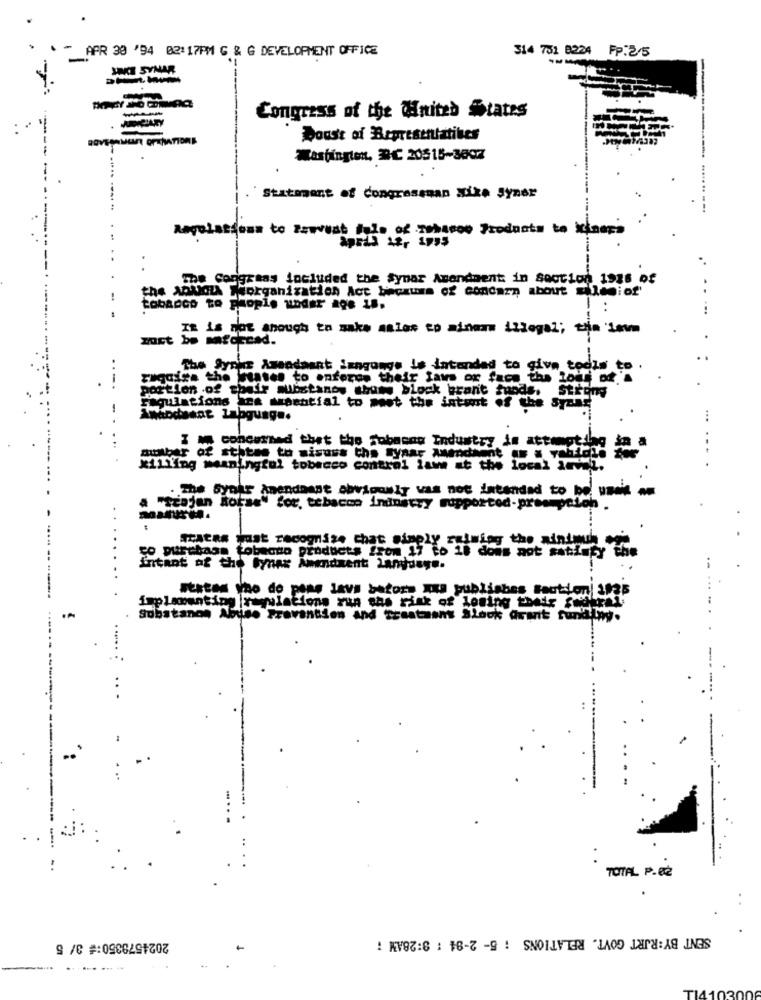
APR 30 '94 02:17PM G & G DEVELOPMENT OFFICE
314 751 8224 FP.2/5
JOKE SYMAR
Congress of the United States
Doust of Representatives
Washington, DC 20515-3097
Statment of Congressman xixe Syner
Regelattesa to Zawest /10 of Tobacco Products to isnaps
Sprill Str 1955
The Corigraas included the synar Amendment in Section 1916 of
the AQUICIA THorganization Act because of concern about silesiof'
tobanco to people under age 18.
...
IR is not ahough to make aalos co ainmmm illegal; tija 'inmm
must be wafdecad.
The Synar Amandaant language Is intended to give todis to
bases to enforce their fans or face the loss of 's
portion of their substanos whats block brant foods. Stromy
Faqulations ans manntial to meet the intent of the Syans
Whipdeant Labguag ..
I M concerned that the jobasog Industry is attempting
number of states to sisuns the synar wendhent # x yahiali for
killing meaningful tobacco control lawe at the local incl.
. The Byear Amendment obviously was not intended to be used as
a "trojan horse" for, tobacco industry supportod-preempotoh
.
SACRA Jat recognize chat simply salming the aintmuh
co purebaas tobacco products from 17 to 18 does not satisfy the
Entant of the tynex Amendment Language.
states Yno do poms lavs bators XXI publishes section/ 1has
implementing regulations zun ohs risk of losing their familyal
Substance Abuse Prevention and Treatment Slock Arwit turitiny.
....
..
TOTAL P.82
SENT BY:RJRT GOVT. RELATIONS : 5- 2-94 : 3:28AM ;
2024579350: 3/ 5